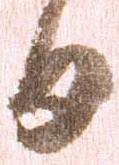
日